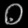
Digit: ၀